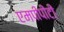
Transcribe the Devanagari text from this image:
एमपीपीटी